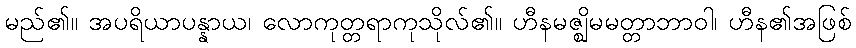
မည်၏။ အပရိယာပန္နာယ၊ လောကုတ္တရာကုသိုလ်၏။ ဟီနမဇ္ဈိမမတ္တာဘာဝါ၊ ဟီန၏အဖြစ်